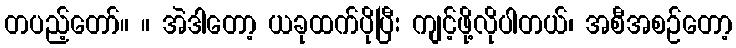
တပည့်တော်။ ။ အဲဒါတော့ ယခုထက်ပိုပြီး ကျင့်ဖို့လိုပါတယ်၊ အစီအစဉ်တော့